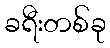
ခရီးတစ်ခု